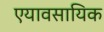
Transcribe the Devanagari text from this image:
एयावसायिक